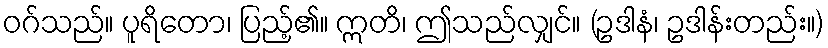
ဝဂ်သည်။ ပူရိတော၊ ပြည့်၏။ ဣတိ၊ ဤသည်လျှင်။ (ဥဒါနံ၊ ဥဒါန်းတည်း။)